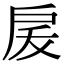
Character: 𭠅